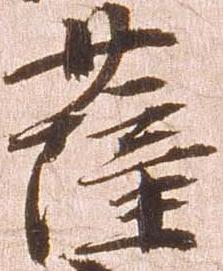
薩